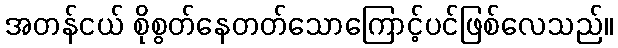
အတန်ငယ် စိုစွတ်နေတတ်သောကြောင့်ပင်ဖြစ်လေသည်။